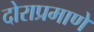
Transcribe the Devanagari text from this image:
दोराप्रमाणे